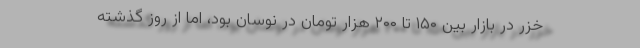
خزر در بازار بین ۱۵۰ تا ۲۰۰ هزار تومان در نوسان بود، اما از روز گذشته